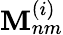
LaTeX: \mathbf{M}_{nm}^{(i)}